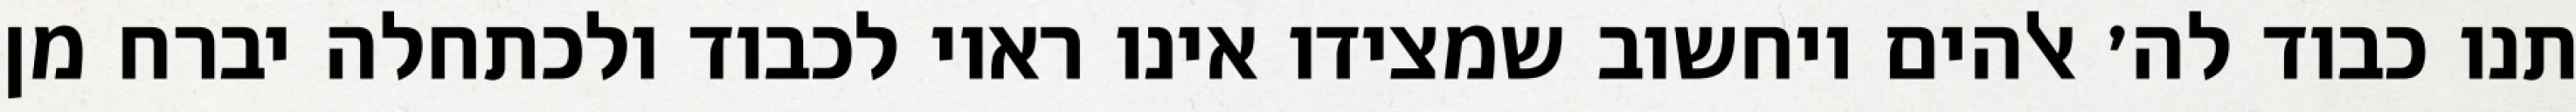
תנו כבוד לה׳ אלהים ויחשוב שמצידו אינו ראוי לכבוד ולכתחלה יברח מן